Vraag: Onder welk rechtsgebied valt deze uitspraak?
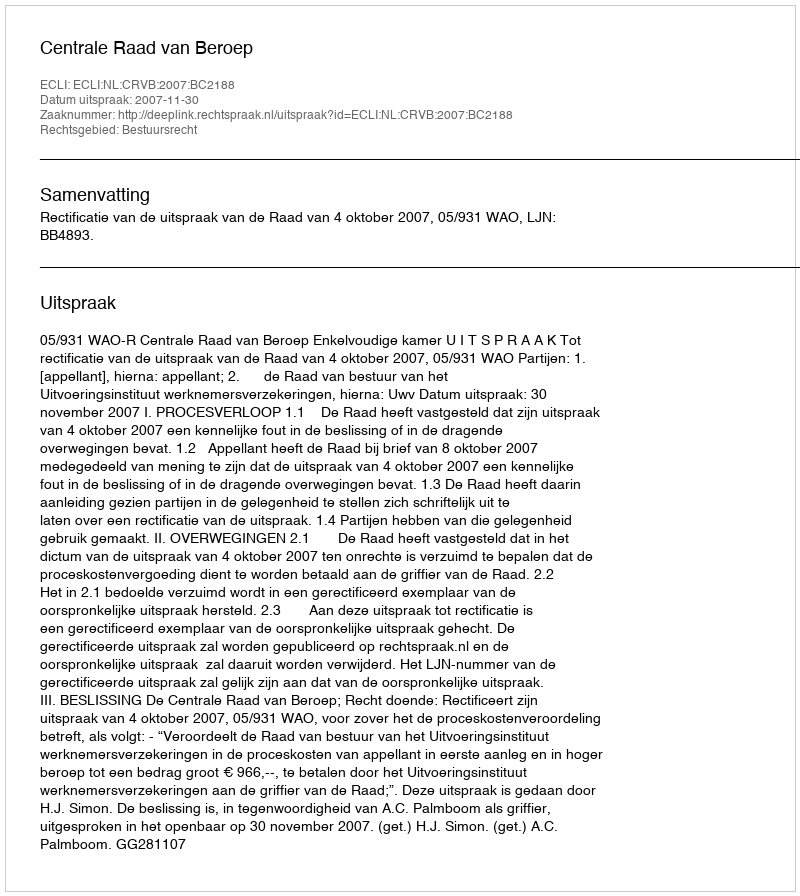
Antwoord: Bestuursrecht